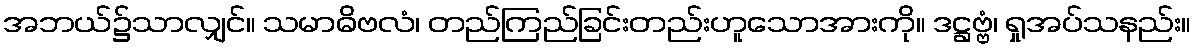
အဘယ်၌သာလျှင်။ သမာဓိဗလံ၊ တည်ကြည်ခြင်းတည်းဟူသောအားကို။ ဒဋ္ဌဗ္ဗံ၊ ရှုအပ်သနည်း။